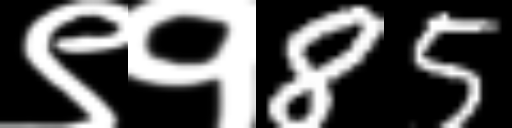
Text: ९१85